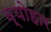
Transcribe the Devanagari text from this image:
व्योहार